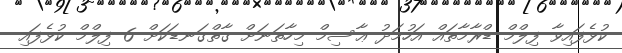
ކުޅެފައިވާ ފިލްމް ޑްރާމާތައް އަހުމަދު ޢާސިމް މިހާތަނަށް ގާތްގަނޑަކަށް 6 ފިލްމް ކުޅެފައި